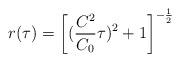
LaTeX: \begin{align*}r(\tau) =\left [ (\frac{ C^{2}}{C_{0}} \tau )^{2} + 1\right ]^{-\frac{1}{2}}\end{align*}